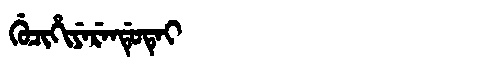
Manchu: ᡤᡠᠴᡳᡥᡳᠶᡝᡵᡝᠨᡩᡠᡨᡝᡳ
Romanization: GUCIHIYERENDUTEI